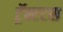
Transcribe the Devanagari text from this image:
ट्रॅक्टटस